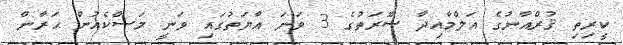
ކީރިތި ޤުރްއާނުގެ އަލްމާއިދާ ސޫރަތުގެ 3 ވަނަ އާޔަތުގައި ވަނީ މަސްކެއުން ޙަރާން